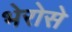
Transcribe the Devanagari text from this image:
भेरोसे